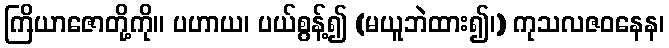
ကြိယာဇောတို့ကို။ ပဟာယ၊ ပယ်စွန့်၍ (မယူဘဲထား၍၊) ကုသလဇဝနေန၊